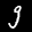
Label: 9